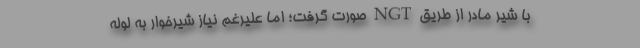
با شیر مادر از طریق NGT صورت گرفت؛ اما علیرغم نیاز شیرخوار به لوله